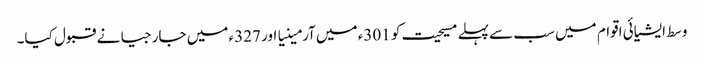
وسط ایشیائی اقوام میں سب سے پہلے مسیحیت کو 301ء میں آرمینیا اور 327ء میں جارجیا نے قبول کیا۔